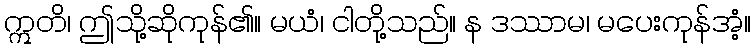
ဣတိ၊ ဤသို့ဆိုကုန်၏။ မယံ၊ ငါတို့သည်။ န ဒဿာမ၊ မပေးကုန်အံ့။